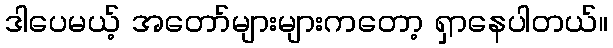
ဒါပေမယ့် အတော်များများကတော့ ရှာနေပါတယ်။